Calcutta medical institutions reports 1879-81 [i.e.91]
Year: 1879
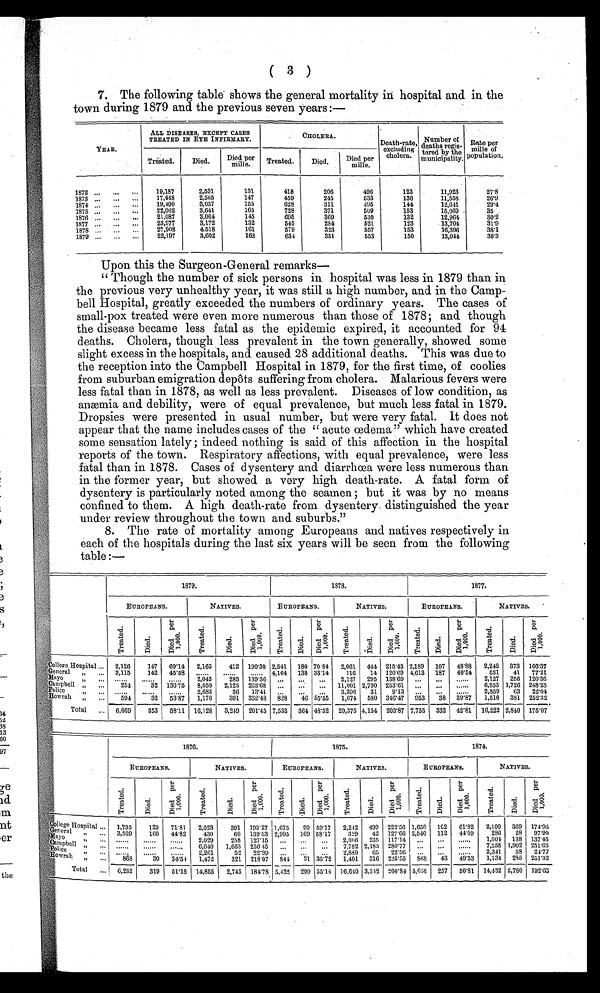
College Hospital
',General
„
May
rta,rl
Campbell
Police Howrah
Total
EUROPEANS.
NATIVES.
EUROPEANS.
NATIVES.
ki
ii,
ti
cti
R.
ed
pe
.•
p.
ed
p.
-..
8
8
o
0
e )
0 0
e
U 0
1
d 'd 3
t
-d 8
...2 a
-6
-c c.,
. ' ' - k i
. P .
g -1'
. . . . . .
4 -7
?
A~
E-,
2.. ) .2
A 4'
H
A
Ei
A
EUROPEANS.
NATIVES.
Ye
id
nt
,er
the
Ow"
College Hospital
„General
Mayo
"
Cam pbell
;Police
Howrah
"
Total
1,795
3,569
Ms
6,232
129
160
30
319
4.4
71.81
44.82
34.54
51'18
0
E
2,023
430
2,029
6,610
2,261
1,472
14,855
4
391
60
258
1,663
52
321
2,745
p.
4'4
193.27
139'53
127.15
250 45
2 2 . 9 9
218.07
184.78.
2,242
499
329
42
2,006
235
7,782 2,185
2,880
65
1,401
316
5,422
299 55.14 16,610 3,332 200.81 5,0:8
257
50.81 14,432 2,7S0 192.03
1,673
99 59.17
2,905
169 58.17
S44
31 36;i2
1C2
112
1,650
2,540
. • •
43
174.90
97.00
13745
251.05
21'77
251.32
61'82
4109
......
......
309
28
138
1,902
58
285
.....
2,109
286
1,001
7,558
2,341
1,134
222.56
127.66
117.14
280.77
22.56
225.55
(
3
)
7. The following table shows the general mortality in hospital and in the
town during 1879 and the previous seven years :—
YEAR.
ALL DISEASES, EXCEPT CASES
TREATED IN EYE INFIRMARY.
CHOLERA..
Number of
Death-rate, excluding' deaths regis-
tared by the
Rate per
mille of
Treated.
Died.
Died per
mille.
Treated.
Died.
Died per
mille.
cholera. c
.
.
municipality. population.
1872 ...
...
-
19,187
2,531
131
415
206
496
123
11,923
27.8
1873 ...
...
...
17,418
2,565
147
459
245
533
136
11,558
26'9
1874 ...
...
...
19,190
3,037
155
628
311
495
144
12,611
29'4
1875 ...
...
...
22,062
3,641
165
728
371
509
153
15,069
35
1876 ...
...
-
21,087
3,064
145
695
369
530
132
12,961
301
1877 ...
...
-
23,977
3,172
132
545
2S4
521
123
13,704
3 1 . 9
1878 ...
...
-
27,908
4.518
161
579
323
557
153
16,306
W1
1879 ...
...
...
22,197
3,602
162
634
351
553
150
13,041
30.3
Upon this the Surgeon-General remark
—
"Though the number of sick persons in hospital was less in 1879 than in
the previous very unhealthy year, it was still a high number, and in the Camp-
bell Hospital, greatly exceeded the numbers of ordinary years. The cases of
small-pox treated were even more numerous than those of 1878; and though
the disease became less fatal as the epidemic expired, it accounted for 94
deaths. Cholera, though less prevalent in the town generally, showed some
slight excess in the hospitals, and caused 28 additional deaths. This was due to
the reception into the Campbell Hospital in 1879, for the first time, of coolies
from suburban emigration depots suffering from cholera. Malarious fevers were
less fatal than in 1878, as well as less prevalent. Diseases of low condition, as
anaemia and debility, were of equal prevalence, but much less fatal in 1879.
Dropsies were presented in. usual number, but were very fatal. it does not
appear that the name includes cases of the " acute oedema" which have created
some sensation lately ; indeed nothing is said of this affection in the hospital
reports of the town. Respiratory affections, with equal prevalence, were less
fatal than in 1878. Cases of dysentery and diarrhoea were less numerous than
in the former year, but showed a very high death-rate. A fatal form of
dysentery is particularly noted among the seamen ; but it was by no means
confined to them. A high death-rate from dysentery distinguished the year
under review throughout the town and suburbs."
8. The rate of mortality among Europeans and natives respectively in
each of the hospitals during the last six years will be seen from the following
table:-
e
7
1879.
1878.
1877.
3
S
EUROPEANS.
NATIVES.
EUROPEANS.
NATIVES.
EUROPEANS.
NATIVES.
iii
ti
ei
T
ed
... )
'C.1) 4
,d
. 41
E;
4
yo
p e 4
N U.
rt;
A
c,
414,4
e
T
,d
.e. °-
A
2,126
3,115
234
594
6,069
147
142
32
32
353
69'14
45.58
136.75
53'87
58.11
2,165
2,045
8,059
2,683
1,176
16,128
412
285
2,125
36
391
3,249
190.30
139.36
263.68
13.41
332•48
20115
2,541
4,164
•
828
7,533
180
138
364
70'84 33.14
5
48.32
2,001
116
2,127
11,001
3,396
1,674
20,375
444
14
295
2,700
31
580
4,154
2 1 5 . 4 3
120.69
138.69
253.61
9.13
346.47
203.87
2,189
4,613
7,755
107
187
38
332
48.88
40.54
......
39.87
42'81
2,242
531
2,127
6,953
2,859
1,510
16,222
373
41
256
1,726
63
381
2,840
166.37
7721
120.36
248.23
22.01
252.32
175.07
52
38
13
BO
97
1876.
1875.
1874.